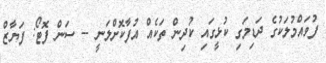
ފުވައްމުލަކުގެ ދަޑިމަގި ކުޅީގައި ކުދިން ތަކެއް އުފާކޮށްލަނީ -- ސަން ފޮޓޯ: ފަޔާޒް